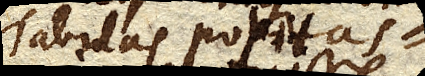
Tabulas politas